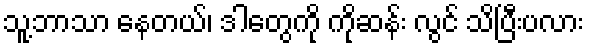
သူ့ဘာသာ နေတယ်၊ ဒါတွေကို ကိုဆန်း လွင် သိပြီးပလား